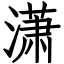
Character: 潇